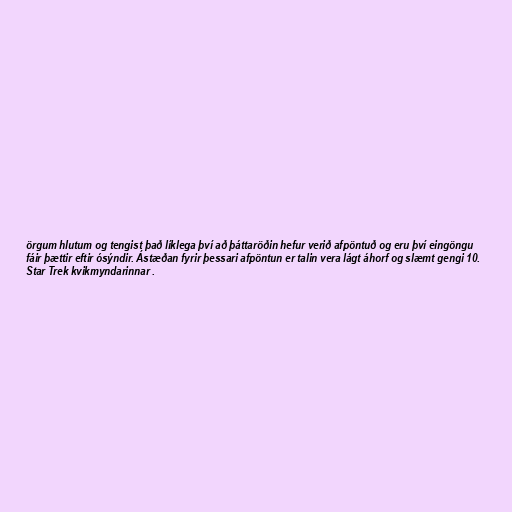
örgum hlutum og tengist það líklega því að þáttaröðin hefur verið afpöntuð og eru því eingöngu
fáir þættir eftir ósýndir. Ástæðan fyrir þessari afpöntun er talin vera lágt áhorf og slæmt gengi 10.
Star Trek kvikmyndarinnar .